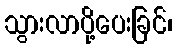
သွားလာပို့ပေးခြင်၊